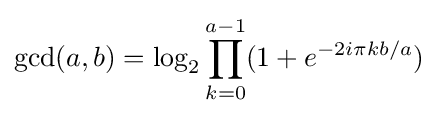
\gcd(a,b)=\log _{2}\prod _{k=0}^{a-1}(1+e^{-2i\pi kb/a})